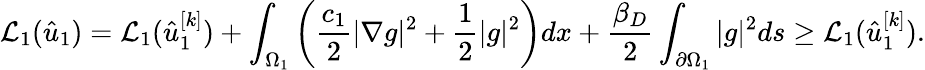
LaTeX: \mathcal{L}_{1}(\hat{u}_{1})=\mathcal{L}_{1}(\hat{u}_{1}^{[k]})+\int_{\Omega_{1}}\left(\frac{c_{1}}{2}|\nabla g|^{2}+\frac 12|g|^{2}\right)dx+\frac{\beta_{D}}{2}\int_{\partial\Omega_{1}}|g|^{2}ds\geq\mathcal{L}_{1}(\hat{u}_{1}^{[k]}).